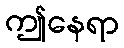
ဤနေရာ